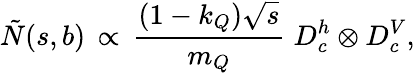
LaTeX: \tilde{N}(s,b)\, \propto\, \frac{(1-k_{Q})\sqrt{s}}{m_{Q}}\; D_{c}^{h}\otimes D_{c}^{V},